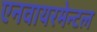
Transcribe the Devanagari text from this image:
एनवायरमेन्टल